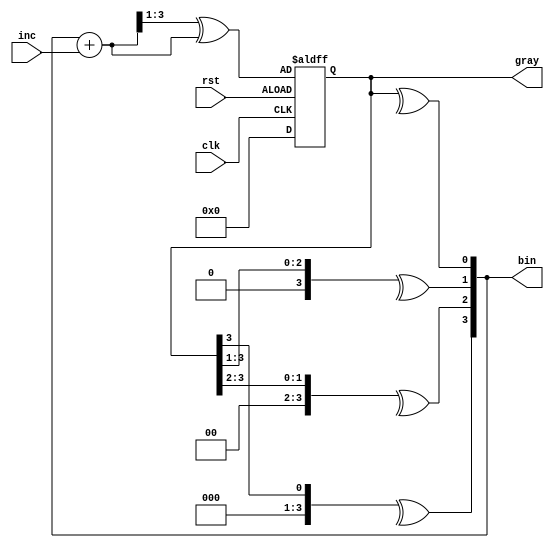
module graycntr (gray, clk, inc, rst, bin);
	parameter SIZE = 4;
	output [SIZE-1:0] gray, bin;
	input clk, inc, rst;
	reg [SIZE-1:0] gnext, gray, bnext, bin;
	integer i;

always @(posedge clk or negedge rst)
	if (rst) gray <= 0;
	else gray <= gnext;

always @(gray or inc) begin
	for (i=0; i<SIZE; i=i+1)
		bin[i] = ^(gray>>i);
	bnext = bin + inc;
	gnext = (bnext>>1) ^ bnext;
end
endmodule